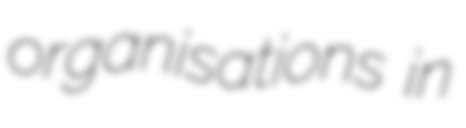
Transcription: organisations in